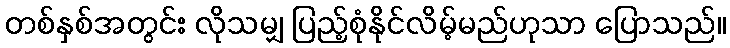
တစ်နှစ်အတွင်း လိုသမျှ ပြည့်စုံနိုင်လိမ့်မည်ဟုသာ ပြောသည်။